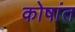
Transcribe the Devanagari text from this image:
कोषांत